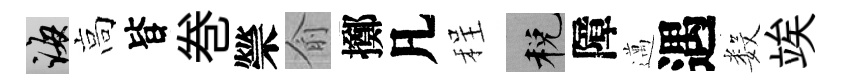
誨高𣅜巻禜俞擲凡程税障邁遇数竢